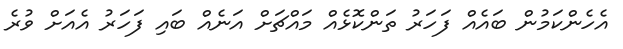
އެހެންކަމުން ބައެއް ފަހަރު ތަންކޮޅެއް މައްޗަށް އަނެއް ބައި ފަހަރު އެއަށް ވުރެ